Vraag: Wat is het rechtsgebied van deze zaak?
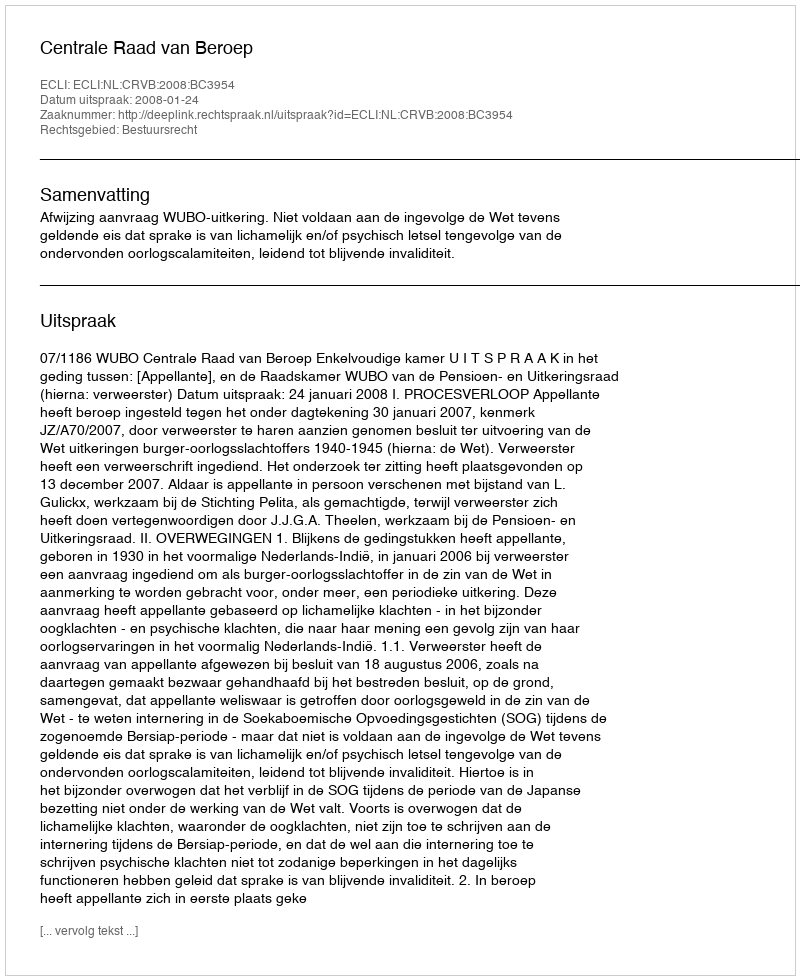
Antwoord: Bestuursrecht